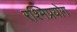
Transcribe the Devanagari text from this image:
रश्मिप्रयोग